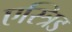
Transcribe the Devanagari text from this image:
एस्त्रिड